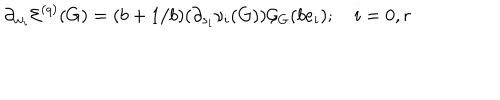
\partial _ { w _ { i } } \mathcal { E } ^ { ( q ) } ( G ) = ( b + 1 / b ) ( \partial _ { s _ { i } } \nu _ { i } ( G ) ) \mathcal { G } _ { G } ( b e _ { i } ) ; \quad i = 0 , r